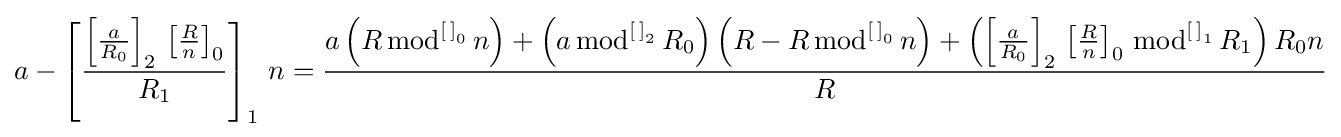
a-\left[{\frac {\left[{\frac {a}{R_{0}}}\right]_{2}\,\left[{\frac {R}{n}}\right]_{0}}{R_{1}}}\right]_{1}\,n={\frac {a\left(R\,{\text{mod}}^{\left[\,\right]_{0}}\,n\right)+\left(a\,{\text{mod}}^{\left[\,\right]_{2}}\,R_{0}\right)\left(R-R\,{\text{mod}}^{\left[\,\right]_{0}}\,n\right)+\left(\left[{\frac {a}{R_{0}}}\right]_{2}\,\left[{\frac {R}{n}}\right]_{0}\,{\text{mod}}^{\left[\,\right]_{1}}\,R_{1}\right)R_{0}n}{R}}